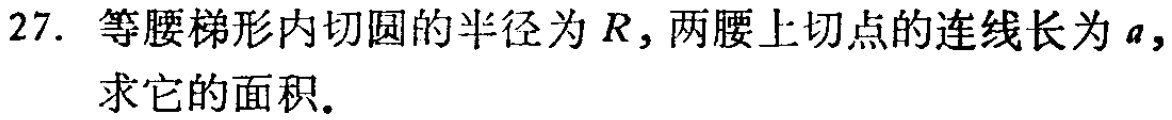
27. 等腰梯形内切圆的半径为\(R\)，两腰上切点的连线长为\(a\)，求它的面积。